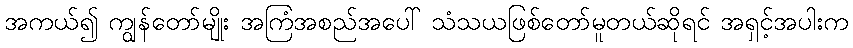
အကယ်၍ ကျွန်တော်မျိုး အကြံအစည်အပေါ် သံသယဖြစ်တော်မူတယ်ဆိုရင် အရှင့်အပါးက